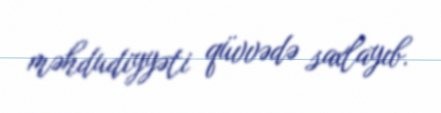
məhdudiyyəti qüvvədə saxlayıb.